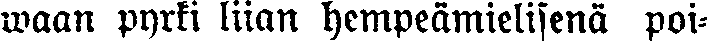
waan pyrki liian hempeämielisenä poi-